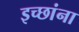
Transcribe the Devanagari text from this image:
इच्छांना